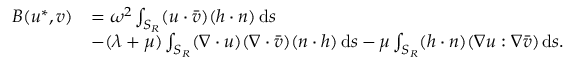
\begin{array} { r l } { B ( u ^ { * } , v ) } & { = \omega ^ { 2 } \int _ { S _ { R } } ( u \cdot \bar { v } ) ( h \cdot n ) \, \mathrm { d } s } \\ & { - ( \lambda + \mu ) \int _ { S _ { R } } ( \nabla \cdot u ) ( \nabla \cdot \bar { v } ) ( n \cdot h ) \, \mathrm { d } s - \mu \int _ { S _ { R } } ( h \cdot n ) ( \nabla u : \nabla \bar { v } ) \, \mathrm { d } s . } \end{array}